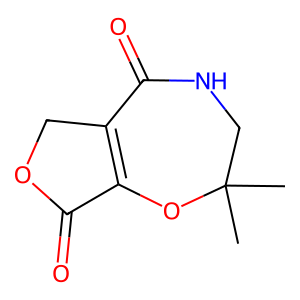
SMILES: CC1(C)CNC(=O)C2=C(O1)C(=O)OC2
Inhibits HIV replication: No